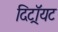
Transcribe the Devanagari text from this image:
दिट्रॉयट